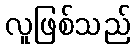
လူဖြစ်သည်